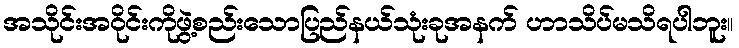
အသိုင်းအဝိုင်းကိုဖွဲ့စည်းသောပြည်နယ်သုံးခုအနက် ဟာသိပ်မသိရပါဘူး။